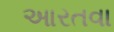
આરતવા